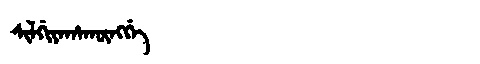
Manchu: ᠰᡳᠯᡤᡳᠶᠠᡥᠠᡴᡡᠩᡤᡝ
Romanization: SILGIYAHAKŪNGGE